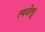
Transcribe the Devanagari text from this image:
त्यजेत्तु